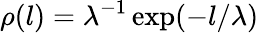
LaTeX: \rho(l)=\lambda^{-1}\exp(-l/\lambda)